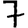
Digit: 7